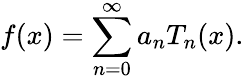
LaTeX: f(x)=\sum_{n=0}^{\infty}a_{n}T_{n}(x).